Lunatic asylums Punjab 1881-1894 - 1881-1894
Year: 1881
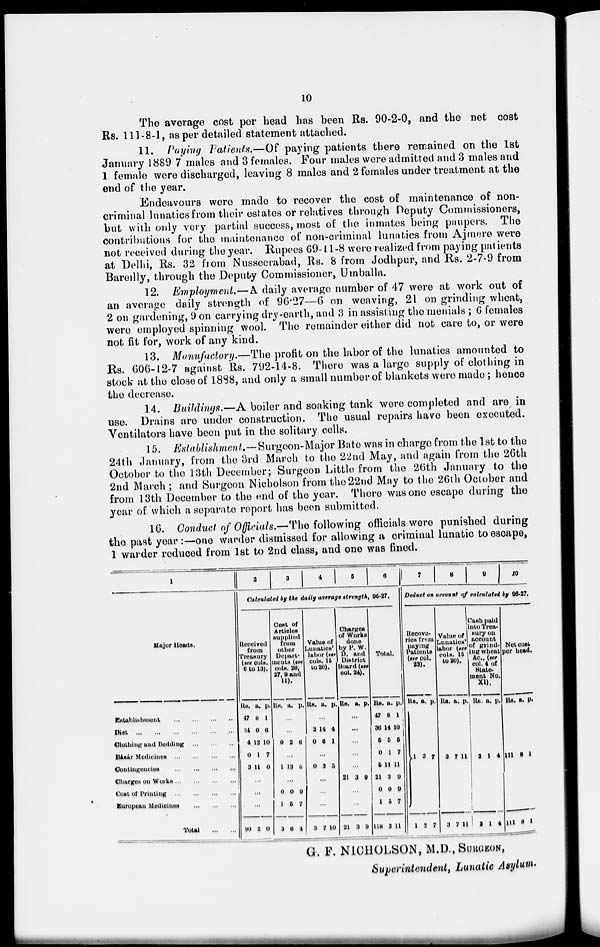
10
The average cost per head has been Rs. 90-2-0, and the net cost
Rs. 111-8-1, as per detailed statement attached.
11. Paying Patients.—Of paying patients there remained on the 1st
January 1889 7 males and 3 females. Four males were admitted and 3 males and
1 female were discharged, leaving 8 males and 2 females under treatment at the
end of the year.
Endeavours were made to recover the cost of maintenance of non-
criminal lunatics from their estates or relatives through Deputy Commissioners,
but with only very partial success, most of the inmates being paupers. The
contributions for the maintenance of non-criminal lunatics from Ajmere were
not received during the year. Rupees 69-11-8 were realized from paying patients
at Delhi, Rs. 32 from Nusseerabad, Rs. 8 from Jodhpur, and Rs. 2-7-9 from
Bareilly, through the Deputy Commissioner, Umballa.
12. Employment.—A daily average number of 47 were at work out of
an average daily strength of 96.27—6 on weaving, 21 on grinding wheat,
2 on gardening, 9 on carrying dry-earth, and 3 in assisting the menials ; 6 females
were employed spinning wool. The remainder either did not care to, or were
not fit for, work of any kind.
13. Manufactory.—The profit on the labor of the lunatics amounted to
Rs. 606-12-7 against Rs. 792-14-8. There was a large supply of clothing in
stock at the close of 1888, and only a small number of blankets were made; hence
the decrease.
14. Buildings.—A boiler and soaking tank were completed and are in
use. Drains are under construction. The usual repairs have been executed.
Ventilators have been put in the solitary cells.
15. Establishment. — Surgeon-Major Bate was in charge from the 1st to the
24th January, from the 3rd March to the 22nd May, and again from the 26th
October to the 13th December; Surgeon Little from the 26th January to the
2nd March ; and Surgeon Nicholson from the 22nd May to the 26th October and
from 13th December to the end of the year. There was one escape during the
year of which a separate report has been submitted.
16. Conduct of Officials.—The following officials were punished during
the past year :—one warder dismissed for allowing a criminal lunatic to escape,
1 warder reduced from 1st to 2nd class, and one was fined.
1
Major Heads.
Establishment
...
...
...
...
Diet
...
...
...
...
Clothing and Bedding ... ... ... ...
Bázar Medicines
...
...
...
...
Contingencies ... ... ... ...
Charges on
Works...
...
...
...
Cost of Printing
...
...
...
...
European Medicines ... ... ... ...
Total
...
2
3
4
5 6
Calculated by the daily average strength, 96.27.
Received
from
Treasury
(see cols,
6 to 13).
Rs.
47
34
4
0
3
a.
8
0
12
1
11
p.
1
6
10
7
0
...
...
...
90 2 0
Cost or
Articles
supplied
from
other
Depart-
ments (see
cols. 26,
27, 9 and
11).
Rs. a. p.
...
...
0 2 6
...
1 13 6
...
0
1
3
0
5
6
9
7
4
Value of
Lunatics
labor (see
cols. 15
to 20).
Rs. a. p.
...
2
0
14
6
4
1
...
0 3 5
...
...
...
3 7 10
Charges
of Works
done
by P. W.
D. and
District
Board (see
col. 24).
Rs. a. p.
...
...
...
...
...
21 3 9
21 3 9
Total.
Rs.
47
36
5
0
5
21
0
1
118
a
8
14
5
1
11
3
0
5
3
p.
1
10
5
7
11
0
9
7
11
7
8
9
10
Deduct on account of calculated by 96.27.
Recove-
ries from
paying
Patients
(see col.
23).
Rs.
1
1
a.
2
3
p.
7
7
Value of
Lunation
labor (see
cols. 15
to 20).
Rs.
3
3
a.
7
7
p.
11
11
Cash paid
into Trea-
sury on
account
of grind-
ing wheat
&c., (see
col. 4 of
State-
ment No.
XI).
Rs.
2
2
a.
1
1
p.
4
4
Net cost
per head.
Rs.
111
111
a.
8
8
p.
1
1
G. F. NICHOLSON, M.D.,SURGEON,
Superintendent, Lunatic Asylum.